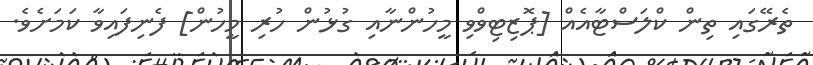
ތެރޭގައި ތިން ކްލަސްޓާއެއް [ޕޮޒިޓިވްވި މީހުންނާއި ގުޅުން ހުރި މީހުން] ފެނިފައިވާ ކަމަށެވެ.